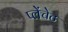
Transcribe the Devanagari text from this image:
प्लेंचेट